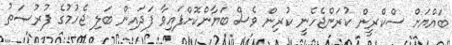
ބައްޔަށް ސްކްރީން ކުރަންޖެހެނީ ކުރިން ވެސް ބަޔާންކޮށްފައިވާ ފަދައިން ބަލި ޖެހުމުގެ ފުރުޞަތު